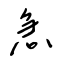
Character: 急